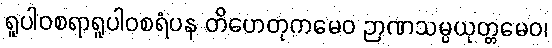
ရူပါဝစရာရူပါဝစရံပန တိဟေတုကမေဝ ဉာဏသမ္ပယုတ္တမေဝ၊